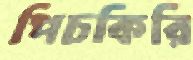
পিচকিরি